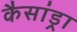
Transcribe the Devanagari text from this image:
कैसांड्रा